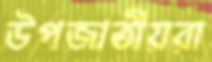
উপজাতীয়রা